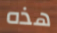
هذه